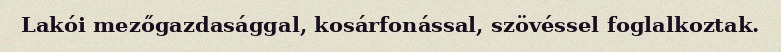
Lakói mezőgazdasággal, kosárfonással, szövéssel foglalkoztak.